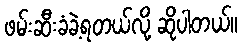
ဖမ်းဆီးခံခဲ့ရတယ်လို့ ဆိုပါတယ်။